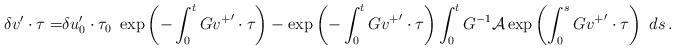
LaTeX: \begin{align*}\delta v' \cdot\tau=& \delta u_0' \cdot\tau_0\ \exp\left(-\int_0^t G{v^+}' \cdot \tau \right) - \exp\left(-\int_0^t G{v^+}'\cdot\tau \right) \int_0^t G ^{-1} \mathcal{A} \exp\left(\int_0^s G{v^+}'\cdot\tau\right)\ ds\,.\end{align*}